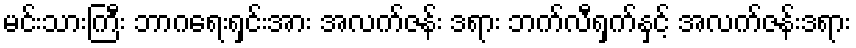
မင်းသားကြီး ဘာဂရေးရှင်းအား အလက်ဇန်း ဒရား ဘက်လီရှက်နှင့် အလက်ဇန်းဒရား